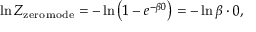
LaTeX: \ln Z _ { \mathrm { z e r o \, m o d e } } = - \ln \left( 1 - e ^ { - \beta 0 } \right) = - \ln \beta \cdot 0 ,